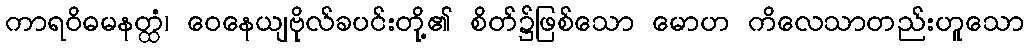
ကာရဝိဓမနတ္ထံ၊ ဝေနေယျဗိုလ်ခပင်းတို့၏ စိတ်၌ဖြစ်သော မောဟ ကိလေသာတည်းဟူသော